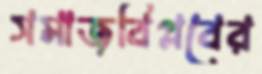
সমাজবিপ্লবের